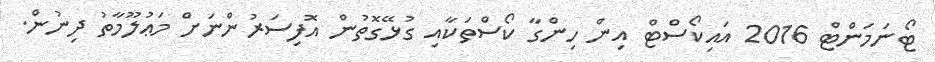
ޓޯނަމަންޓް 2016 އައިކޯސްޓް އިން ހިންގާ ކޯސްތަކާއި ގުޅޭގޮތުން އޮފިސަރުންނަށް މަޢުލޫމާތު ދިނުން.